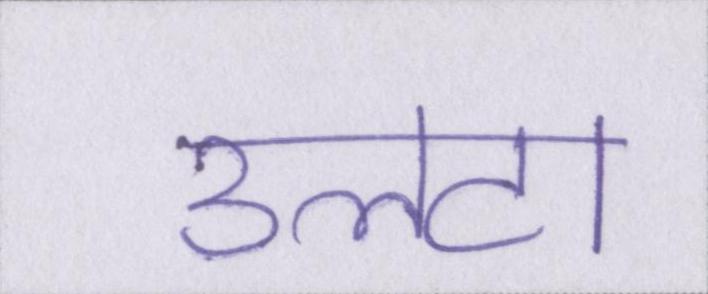
उलटा